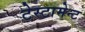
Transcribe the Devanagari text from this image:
टेस्टामेन्ट